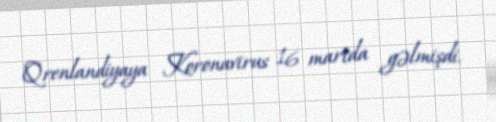
Qrenlandiyaya Koronavirus 16 martda gəlmişdi.